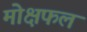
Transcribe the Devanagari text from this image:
मोक्षफल